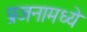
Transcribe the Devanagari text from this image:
प्रजनामध्ये